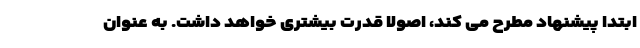
ابتدا پیشنهاد مطرح می کند، اصولا قدرت بیشتری خواهد داشت. به عنوان